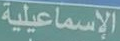
الإسماعيلية